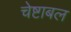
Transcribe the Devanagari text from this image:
चेष्टाबल